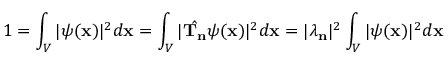
1 = \int _ { V } | \psi ( \mathbf { x } ) | ^ { 2 } d \mathbf { x } = \int _ { V } | { \hat { \mathbf { T _ { n } } } } \psi ( \mathbf { x } ) | ^ { 2 } d \mathbf { x } = | \lambda _ { \mathbf { n } } | ^ { 2 } \int _ { V } | \psi ( \mathbf { x } ) | ^ { 2 } d \mathbf { x }